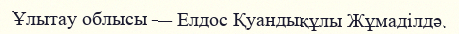
Ұлытау облысы — Елдос Қуандықұлы Жұмаділдә.